Civil Veterinary Dept. Bombay admin report 1932-41 - 1932-1941
Year: 1932
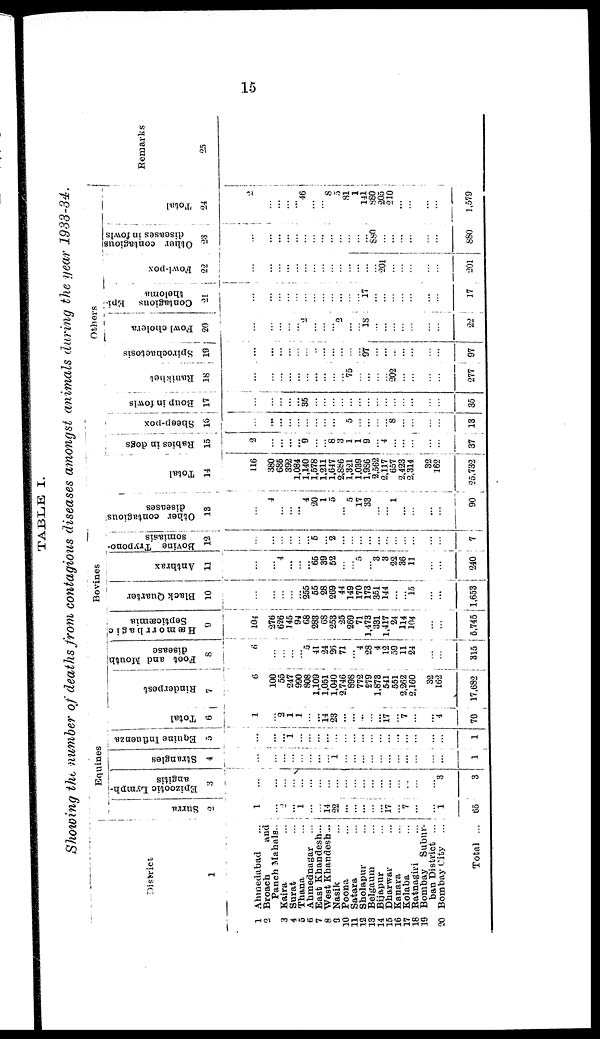
15
TABLE I.
Showing the number of deaths from contagious diseases amongst animals during the year 1933-34.
District
1
1 Ahmedabad ...
2 Broach
and
Panch Mahals..
3 Kaira ...
4 Surat ...
5 Thana ...
6 Ahmednagar
...
7 East Khandesh...
8 West Khandesh...
9 Nasik ...
10 Poona ...
21 Satara ...
12 Sholapur ...
13 Belgaum ...
14 Bijapur ...
15 Dharwar ...
16 Kanara ...
17 Kolaba ...
18 Ratnagiri ...
19 Bombay Subur-
ban District ...
20 Bombay City ...
Total ...
Equines
Surra
2
1
...
2
... 1
...
... 14
22
...
...
...
...
...
17
... 7
...
...
1
65
Epizootic Lymph-
angitis
3
...
...
...
...
...
...
...
...
...
...
...
...
...
...
...
...
...
...
...
3
3
Strangles
4
...
...
...
...
...
...
...
...
1
...
...
...
...
...
...
...
...
...
...
...
1
Equine Influenza
5
...
...
... 1
...
...
...
...
...
...
...
...
...
...
...
...
...
...
...
...
1
Total
6
1
...
2
1
1
...
... 14
23
...
...
...
...
...
17
... 7
...
...
4
70
Bovines
Rinderpest
7
3
100
55
247
990
808
1,109
1,051
1,040
2,746
898
772
279
1,878
541
551
2,262
2,160
32
162
17,682
Foot and Mouth
disease
8
6
...
...
...
... 5
41
24
26
71
...
4
28
4
12
59
11
24
...
...
315
Hæmorrhagic
Septicæmia
9
104
276
626
145
94
68
283
68
253
25
269
71
1,473
331
1,417
24
114
104
...
...
5,745
Black Quarter
10
...
...
...
...
...
255
55
28
269
44
149
170
173
351
144
...
... 15
...
...
1,653
Anthrax
11
... ...
4
...
...
...
65
39
52
...
... 5
... 3
3
22
36
11
...
...
240
Bovine Trypono-
somiasis
12
...
...
...
...
...
...
5
... 2
...
...
...
...
...
...
...
...
...
...
...
7
Other contagious
diseases
13
...
4
...
...
... 4
20
1
5
... 5
17
33
...
... ...
...
...
...
90
Tot al
14
116
380
685
392
1,084
1,140
1,578
1,211
1,647
2,886
1,321
1,039
1,986
2,562
2,117
657
2,423
2,314
32
162
25,732
Others.
Babies in dogs
15
2
...
...
...
... 9
...
... 8
3
1
1
9
...
4
...
...
...
...
...
37
Sheep-pox
16
...
...
...
...
...
...
...
...
...
5
...
...
...
... 8
...
...
...
...
13
Boup in fowls
17
...
...
...
...
...
35
...
...
...
...
...
...
...
...
...
...
...
...
...
...
35
Ranikhet
18
...
...
...
...
...
...
...
...
...
75
...
...
...
... 202
...
...
...
...
277
Spirochaetosis
19
...
...
...
...
...
...
...
...
...
...
...
...
97
...
...
...
...
...
...
...
97
Fowl cholera
20
...
...
...
...
...
2
...
...
... 2
...
... 18
...
...
...
...
...
...
...
22
Contagious Epi-
theloma
21
...
...
...
...
...
...
...
...
...
...
...
... 17
...
...
...
...
...
...
...
17
Fowl-pox
22
...
...
...
...
...
...
...
...
...
...
...
...
...
201
...
...
...
...
...
201
Other contagious
diseases in fowls
23
...
...
...
...
...
...
...
...
...
...
...
...
...
880
...
...
...
...
...
...
880
Tot al
24
2
...
...
...
...
46
...
... 8 3
81 1
141
880
205
210
...
...
...
1,579
Remarks
25